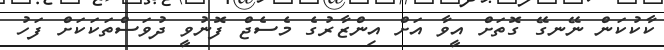
ކާކުކަން ނޭނގޭ ގޮތަށް އީވާ އަށް އިންޒާރުގެ މެސެޖް ފޮނުވީ ދުވަސްތަކަކަށް ފަހު